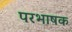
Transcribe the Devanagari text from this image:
परभाषक